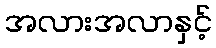
အလားအလာနှင့်